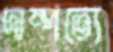
দাম্পত্যে